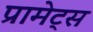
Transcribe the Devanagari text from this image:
प्रामेट्स